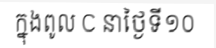
ក្នុងពូល C នាថ្ងៃទី១០